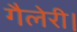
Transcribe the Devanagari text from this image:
गैलेरी।